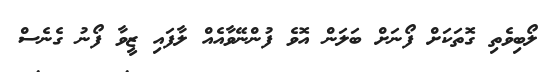
ލޯބިވެތި ގޮތަކަށް ފޯނަށް ބަލަން އޮވެ ފުންނޭވާއެއް ލާފައި ޒީވާ ފޯނު ގެނެސް